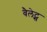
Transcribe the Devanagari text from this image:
वैलेट्स